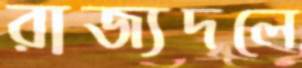
রাজ্যদলে